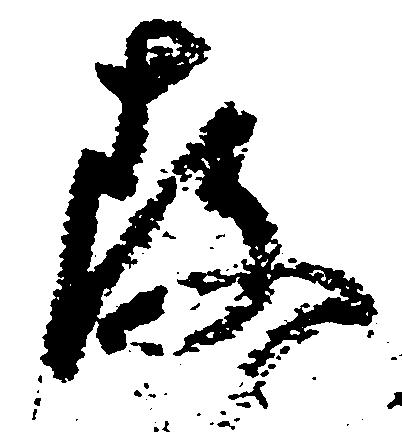
存